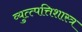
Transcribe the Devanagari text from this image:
व्युत्त्पत्तिशास्त्र